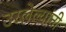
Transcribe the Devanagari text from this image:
उरलेल्यांनी